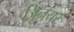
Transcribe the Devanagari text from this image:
जूिनयर